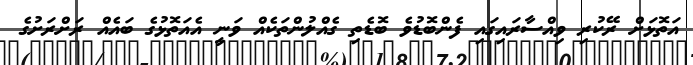
އަތޮޅަށް ރޭކުރި ވިއްސާރައިގައި ފެންބޮޑުވެ ބޮޑެތި ގެއްލުންތަކެއް ވަނީ އެއަތޮޅުގެ ބައެއް ރަށްރަށުގެ